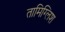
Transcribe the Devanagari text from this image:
तामिग्लिश